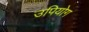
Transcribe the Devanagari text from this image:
उपियोग